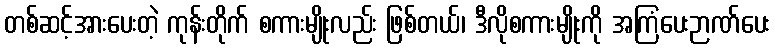
တစ်ဆင့်အားပေးတဲ့ ကုန်းတိုက် စကားမျိုးလည်း ဖြစ်တယ်၊ ဒီလိုစကားမျိုးကို အကြံပေးဉာဏ်ပေး